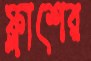
ফ্লাশের